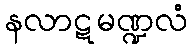
နလာဋမဏ္ဍလံ